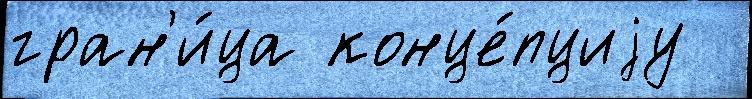
гран'и́ца конце́пциjу